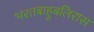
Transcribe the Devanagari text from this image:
भरतबाहुबलिरास